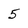
Character: 5